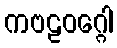
ကဗဠဝဂ္ဂေါ